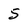
Character: 5